NAE_Eesti_seltside_protokollid_1900-1917, lk 4
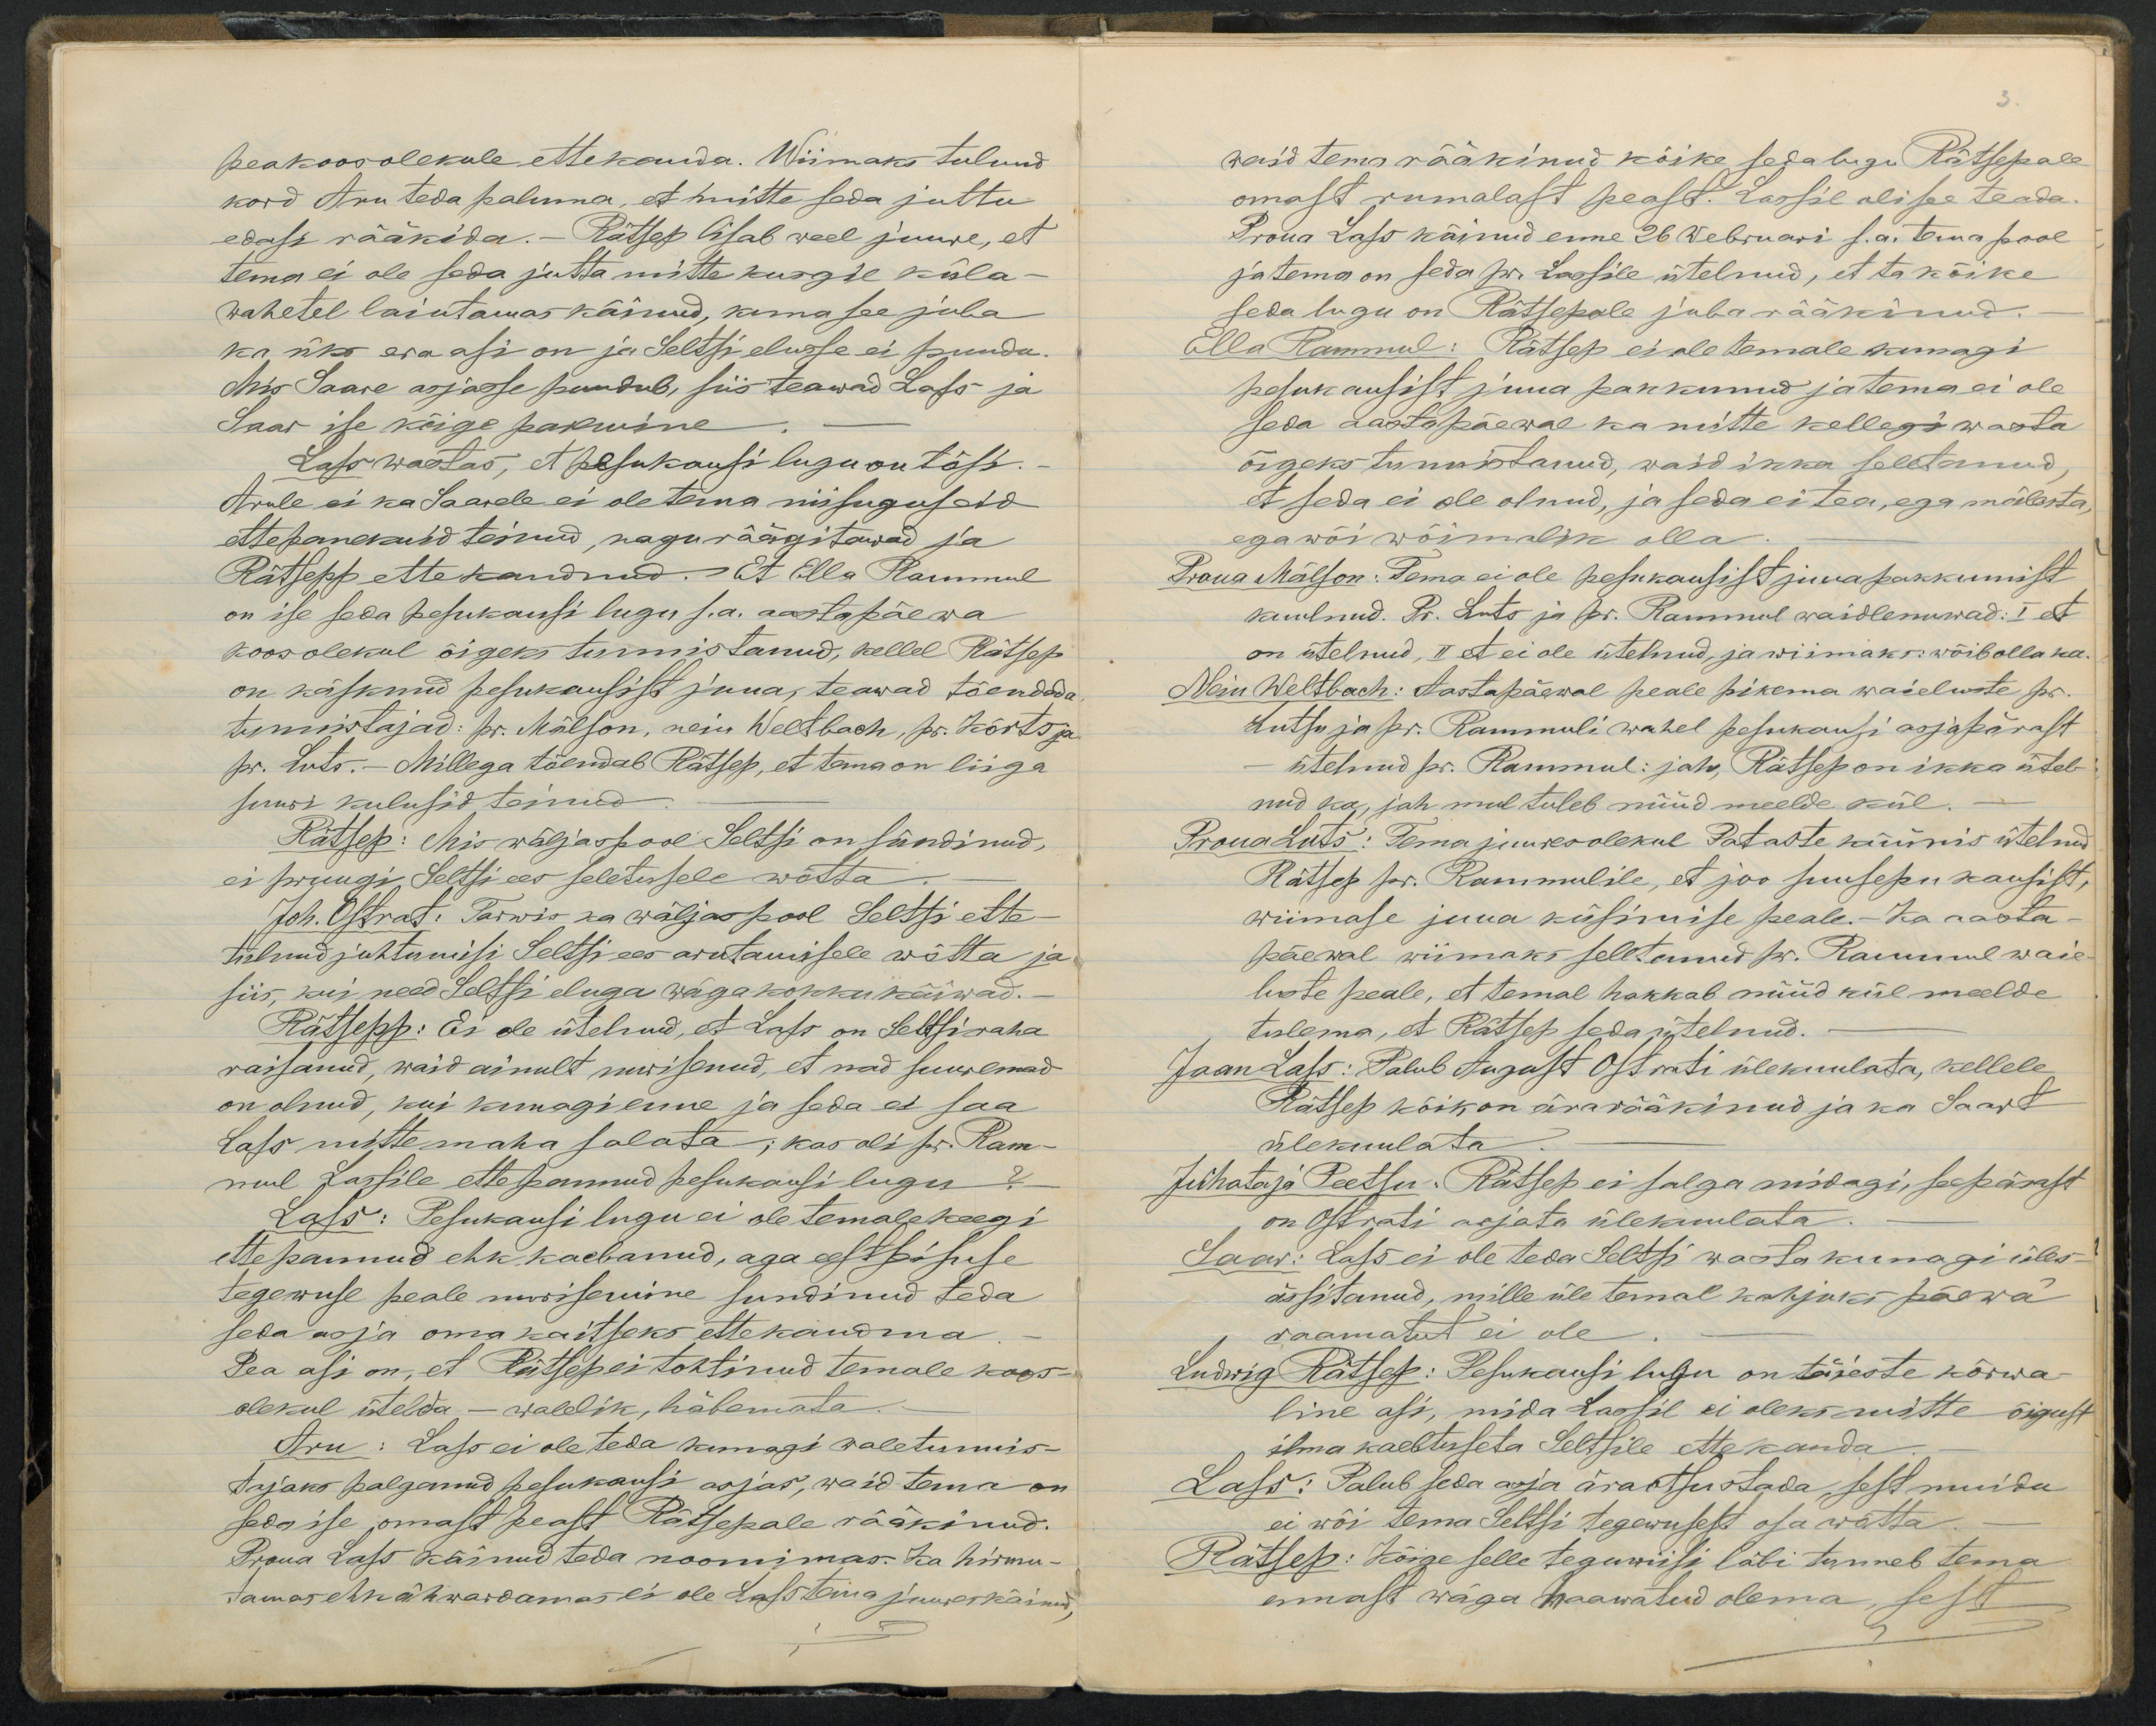
peakoosolekule ettekanda. Wiimaks tulnud
kord Aru teda paluma, et miitte seda juttu
edasi rääkida.- Rätses lisab weel juure, et
tema ei ole seda juttu mitte kusgil küla-
wahetel laiutamas käinud, kuna see juba
ka üks eraasi on ja Seltsi elusse ei puudu.
Mis Saare asjasse puudub, siis teawad Lass ja
Saar se kõige paremine
Lass wastas, et pesukausi lugu on tõsi.
Arule ei ka Saarele ei ole tema niisugusid
ettepanekuid teinud, nagu räägitawad ja
Rätsepp ettekandnud. Et Ella Rammul
on ise seda pesukausi lugu s.a. aastapäewa
koosolekul õigeks tunnistanud, kellel Rätsep
on käsknud pesukausist juua, teawad tõendeda
tunnistajad: pr. Mälson, neiu Weltbach, hr. Kõrts ja
pr. Luts.- Millega tõendab Rätsep, et tema on liiga
suuri kulusid teinud
Rätsep: Mis wäljaspool Seltsi on sündinud,
ei pruugi Seltsi ees seletusele wõtta
Joh. Ostrat: Tarwis ka wäljaspool Seltsi ette
tulnud juhtumisi Seltsi ees arutamisele wõtta ja
siis, kui need Seltsi eluga wäga kokku käiwad.
Rätsepp: Ei ole ütelnud, et Lass on Seltsi raha
raisanud, waid ainult nurisenud, et nad suuremad
on olnud, kui kunagi enne ja seda ei saa
Lass mitte maha salata; kas oli pr. Ram-
mul Lassile ettepannud pesukausi lugu?
Lass: Pesukausi lugu ei ole temale keegi
ettepannud ehk kaebanud, aga eestseisuse
tegewuse peale nurisemine sundinud teda
seda asja oma kaitseks ettekandma
Pea asi on, et Rätsep ei tohtinud temale koos-
olekul ütelda - walelik, häbemata
Aru: Lass ei ole teda kunagi waletunnis-
tajaks palganud pesukausi asjas, waid tema on
seda ise omast peast Rätsepale rääkinud.
Proua Lass käinud teda noomimas. Ka hirmu-
tamas ehk ähwardamas ei ole Lass tema juures käinud

waid tema rääkinud kõike seda lugu Rätsepale
omast rumalast pealt. Lassil oli see teada.
Proua Lass käinud enne 26 Webruari s.a. tema pool
ja tema on seda pr. Lassile ütelnud, et ta kõike
seda lugu on Rätsepale juba rääkinud.
Ella Rammul: Rätsep ei ole temale sugagi
pesukausist juua pakkunud ja tema ei ole
seda aastapäewal ka mitte kellegi wasta
õigeks tunnistanud, waid ikka seletanud
et seda ei ole olnud, ja seda ei tea, ega mälesta
ega wõi wõimalik olla
Proua Mälson: Tema ei ole pesukausist juua pakkumist
kuulnud. Pr. Luts ja pr. Rammul waidlenuwad: I et
on ütelnud, II et ei ole ütelnud, ja wiimaksi wõib olla ka.
Neiu Weltbach: Aastapäewal peale pikema waieluste pr.
Lutsu ja pr. Rammuli wahel pesukausi asja pärast
ütelnud pr. Rammul: jah Rätsep on ikka ütel-
nud ka, jah mul tuleb nüüd meelde kül.
Proua Luts: Tema juuresolekul Pataste küünis ütelnud
Rätsep pr. Rammulile, et joo suusepu kausist,
wiimase juua küsimisse peale.- Ka aasta-
päewal wiimaks seletanud pr. Rammul waie-
luste peale, et temal hakkab nüüd kül meelde
tulema, et Rätsep seda ütelnud.
Jaan Lass: Palub August Ostrati ülekuulata, kellele
Rätsep kõik on ära rääkinud ja ka Saart
ülekuulata
Juhataja Peetsu: Rätsep ei salga midagi, seepärast
on Ostrati asjata ülekuulata
Saar: Lass ei ole teda Seltsi wasta kunagi üles-
ässitanud, mille üle temal kahjuks päewa
raamatut ei ole
Ludwig Rätsep: Pesukausi lugu on täieste kõrwa-
line asi, mida Lass ei oleks mitte õigust
ilma kaebtuseta Seltsile ettekanda
Lass: Palub seda asja äraotsustada sest muidu
ei wõi tema Seltsi tegewusest osa wõtta.
Rätsep: Kõige selle teguwiisi läbi tunneb tema
ennast wäga haawatud olema, sest